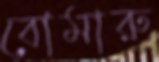
বোমারু